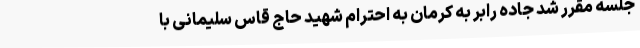
جلسه مقرر شد جاده رابر به کرمان به احترام شهید حاج قاس سلیمانی با